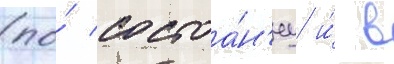
(по́ состоа́н'иу и́ в